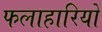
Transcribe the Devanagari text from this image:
फलाहारियों